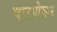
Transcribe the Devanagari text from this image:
पाटणेकर